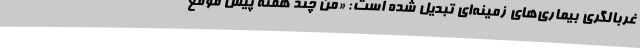
غربالگری بیماری‌های زمینه‌ای تبدیل شده است: «من چند هفته پیش موقع